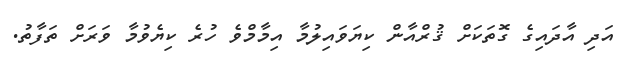
އަދި އާދައިގެ ގޮތަކަށް ޤުރްއާން ކިޔަވައިލުމާ އިމާމްވެ ހުރެ ކިޔެވުމާ ވަރަށް ތަފާތު.